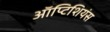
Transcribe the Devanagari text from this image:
ऑप्टिशियंस